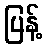
ပြန့်